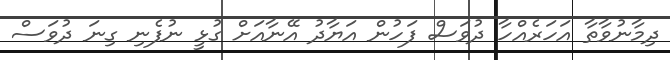
ދިމާނުވާތާ އަހަރެއްހާ ދުވަސް ފަހުން އަޔާދު އޭނާއަށް ގުޅީ ނުފެނި ގިނަ ދުވަސް